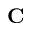
\textbf { C }